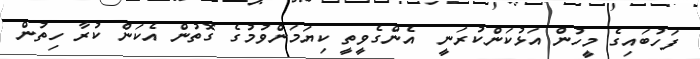
ފަހުބައިގެ މީހުން އަޅުކަންކުރަނީ  އެންގެވީތީ ކިޔަމަންވުމުގެ ގޮތުން އެކަން ކުރާ ހިތުން